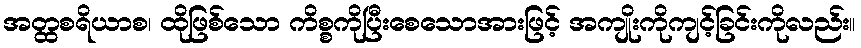
အတ္ထစရိယာစ၊ ထိုဖြစ်သော ကိစ္စကိုပြီးစေသောအားဖြင့် အကျိုးကိုကျင့်ခြင်းကိုလည်း။